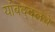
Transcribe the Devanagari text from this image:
यांबद्दलचे